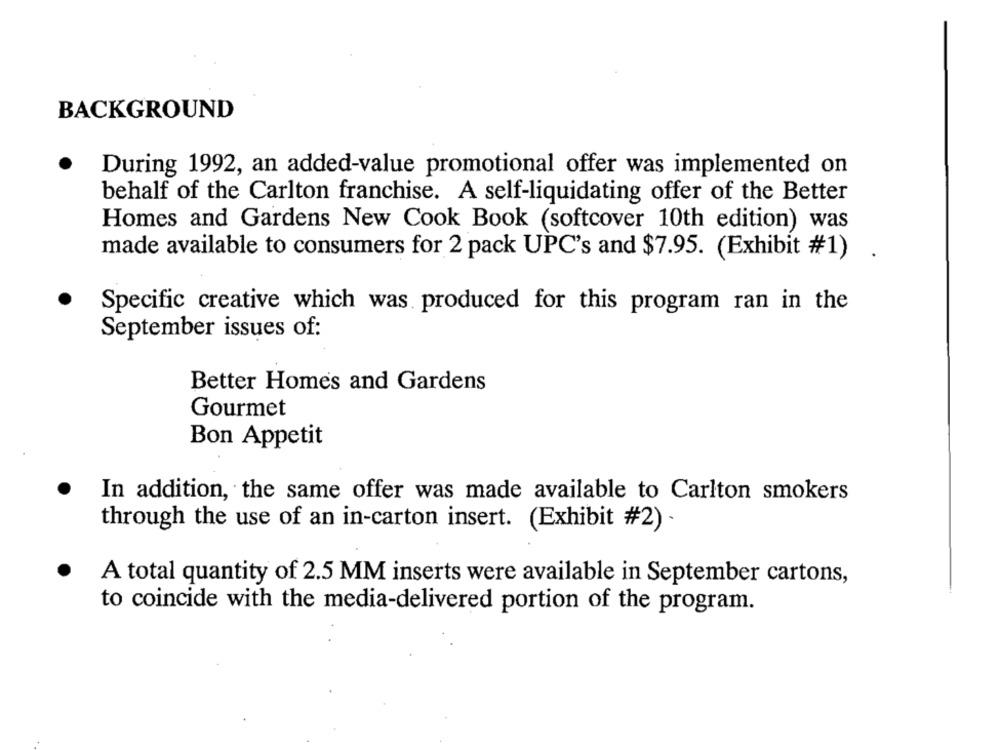
BACKGROUND
During 1992, an added-value promotional offer was implemented on
behalf of the Carlton franchise. A self-liquidating offer of the Better
Homes and Gardens New Cook Book (softcover 10th edition) was
made available to consumers for 2 pack UPC's and $7.95. (Exhibit #1)
Specific creative which was produced for this program ran in the
September issues of:
Better Homes and Gardens
Gourmet
Bon Appetit
In addition, the same offer was made available to Carlton smokers
through the use of an in-carton insert. (Exhibit #2)
A total quantity of 2.5 MM inserts were available in September cartons,
to coincide with the media-delivered portion of the program.